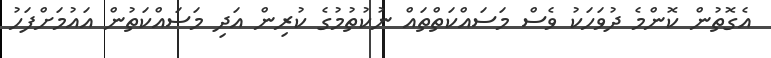
އެގޮތުން ކޮންމެ ދުވަހަކު ވެސް މަސައްކަތްތައް ނުކުތުމުގެ ކުރިން އަދި މަސައްކަތުން އައުމަށްފަހު